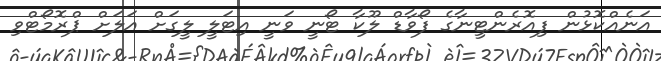
އަނެއްކޮޅުން ފިއޮރެންޓީނާގެ ފޯވާޑް ލޫކާ ޓޯނީ ވަނީ އިޓަލީ ލީގަށް އަލަށް ޕްރޮމޯޓްވި